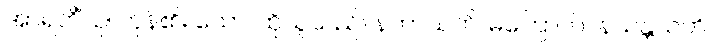
အာရဘိံသု၊ ကုန်၏။ သော၊ ထိုသူသည်။ နဘာယတိ၊ မကြောက်။ နသန္တသတိ၊